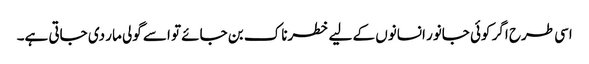
اسی طرح اگر کوئی جانور انسانوں کے لیے خطرناک بن جائے تو اسے گولی مار دی جاتی ہے۔